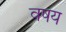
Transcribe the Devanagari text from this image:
वषय